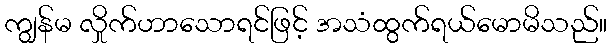
ကျွန်မ လှိုက်ဟာသောရင်ဖြင့် အသံထွက်ရယ်မောမိသည်။